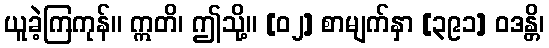
ယူခဲ့ကြကုန်။ ဣတိ၊ ဤသို့။ [၀၂] စာမျက်နှာ [၃၉၁] ဝဒန္တိ၊